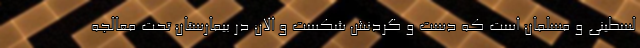
لسطینی و مسلمان است که دست و گردنش شکست و الان در بیمارستان تحت معالجه